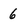
Character: 6